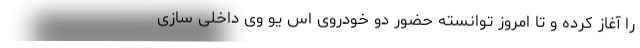
را آغاز کرده و تا امروز توانسته حضور دو خودروی اس یو وی داخلی سازی